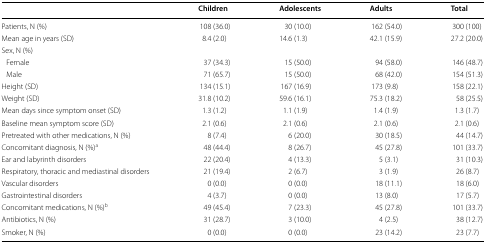
<table><thead><tr><td></td><td><b>Children</b></td><td><b>Adolescents</b></td><td><b>Adults</b></td><td><b>Total</b></td></tr></thead><tbody><tr><td>Patients, N (%)</td><td>108 (36.0)</td><td>30 (10.0)</td><td>162 (54.0)</td><td>300 (100)</td></tr><tr><td>Mean age in years (SD)</td><td>8.4 (2.0)</td><td>14.6 (1.3)</td><td>42.1 (15.9)</td><td>27.2 (20.0)</td></tr><tr><td colspan="5">Sex, N (%)</td></tr><tr><td> Female</td><td>37 (34.3)</td><td>15 (50.0)</td><td>94 (58.0)</td><td>146 (48.7)</td></tr><tr><td> Male</td><td>71 (65.7)</td><td>15 (50.0)</td><td>68 (42.0)</td><td>154 (51.3)</td></tr><tr><td>Height (SD)</td><td>134 (15.1)</td><td>167 (16.9)</td><td>173 (9.8)</td><td>158 (22.1)</td></tr><tr><td>Weight (SD)</td><td>31.8 (10.2)</td><td>59.6 (16.1)</td><td>75.3 (18.2)</td><td>58 (25.5)</td></tr><tr><td>Mean days since symptom onset (SD)</td><td>1.3 (1.2)</td><td>1.1 (1.9)</td><td>1.4 (1.9)</td><td>1.3 (1.7)</td></tr><tr><td>Baseline mean symptom score (SD)</td><td>2.1 (0.6)</td><td>2.1 (0.6)</td><td>2.1 (0.6)</td><td>2.1 (0.6)</td></tr><tr><td>Pretreated with other medications, N (%)</td><td>8 (7.4)</td><td>6 (20.0)</td><td>30 (18.5)</td><td>44 (14.7)</td></tr><tr><td>Concomitant diagnosis, N (%)<sup>a</sup></td><td>48 (44.4)</td><td>8 (26.7)</td><td>45 (27.8)</td><td>101 (33.7)</td></tr><tr><td>Ear and labyrinth disorders</td><td>22 (20.4)</td><td>4 (13.3)</td><td>5 (3.1)</td><td>31 (10.3)</td></tr><tr><td>Respiratory, thoracic and mediastinal disorders</td><td>21 (19.4)</td><td>2 (6.7)</td><td>3 (1.9)</td><td>26 (8.7)</td></tr><tr><td>Vascular disorders</td><td>0 (0.0)</td><td>0 (0.0)</td><td>18 (11.1)</td><td>18 (6.0)</td></tr><tr><td>Gastrointestinal disorders</td><td>4 (3.7)</td><td>0 (0.0)</td><td>13 (8.0)</td><td>17 (5.7)</td></tr><tr><td>Concomitant medications, N (%)<sup>b</sup></td><td>49 (45.4)</td><td>7 (23.3)</td><td>45 (27.8)</td><td>101 (33.7)</td></tr><tr><td>Antibiotics, N (%)</td><td>31 (28.7)</td><td>3 (10.0)</td><td>4 (2.5)</td><td>38 (12.7)</td></tr><tr><td>Smoker, N (%)</td><td>0 (0.0)</td><td>0 (0.0)</td><td>23 (14.2)</td><td>23 (7.7)</td></tr></tbody></table>